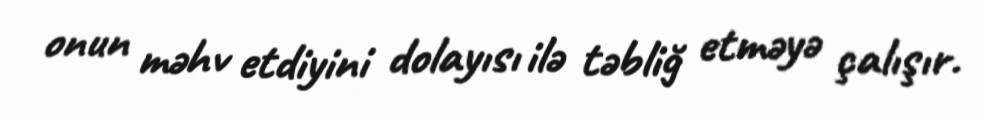
onun məhv etdiyini dolayısı ilə təbliğ etməyə çalışır.